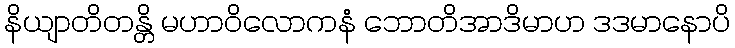
နိယျာတိတန္တိ မဟာဝိလောကနံ ဘောတိအာဒိမာဟ ဒဒမာနောပိ